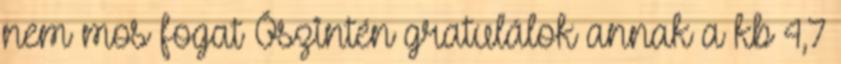
nem mos fogat Õszintén gratulálok annak a kb 4,7